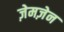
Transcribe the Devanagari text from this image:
ज़ेमज़ेन